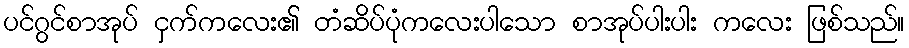
ပင်ဂွင်စာအုပ် ငှက်ကလေး၏ တံဆိပ်ပုံကလေးပါသော စာအုပ်ပါးပါး ကလေး ဖြစ်သည်။